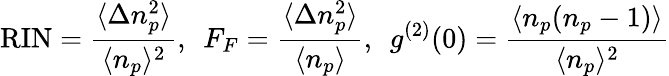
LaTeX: \mathrm{RIN}=\frac{\langle\Delta n_{p}^{2}\rangle}{\langle n_{p}\rangle^{2}},\ \: F_{F}=\frac{\langle\Delta n_{p}^{2}\rangle}{\langle n_{p}\rangle},\ \: g^{(2)}(0)=\frac{\langle n_{p}(n_{p}-1)\rangle}{\langle n_{p}\rangle^{2}}